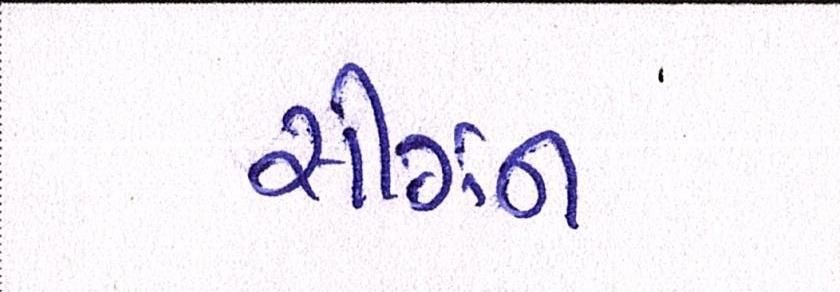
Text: સીઝન